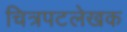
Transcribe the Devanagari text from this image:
चित्रपटलेखक